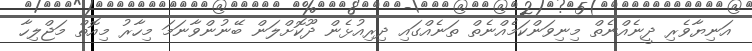
އަނިޔާވެރި ދީނެއްނެތް މިނިވަންކަމެއްނެތް ތަނެއްގައި ދިރިއުޅެން ދޫކޮށްލަން ބޭނުންވާނަމަ މިހާރު މިއޮތް މަޖްލިހާ